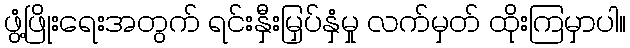
ဖွံ့ဖြိုးရေးအတွက် ရင်းနှီးမြှပ်နှံမှု လက်မှတ် ထိုးကြမှာပါ။